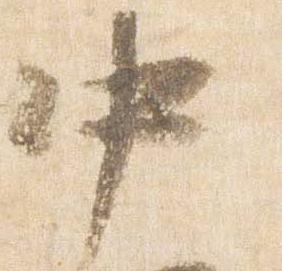
中